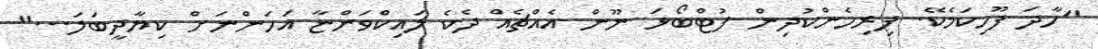
"ހާދަ ފޫހިކަމެކޭ. ފިރިހެންކުދިން ފުޓްބޯޅަ ނޫން އެއްޗެއް ދެކެ ލައިކްވަންޏާ އަހަންނަށް ކިޔާދީބަލަ..."